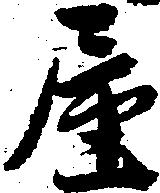
屋